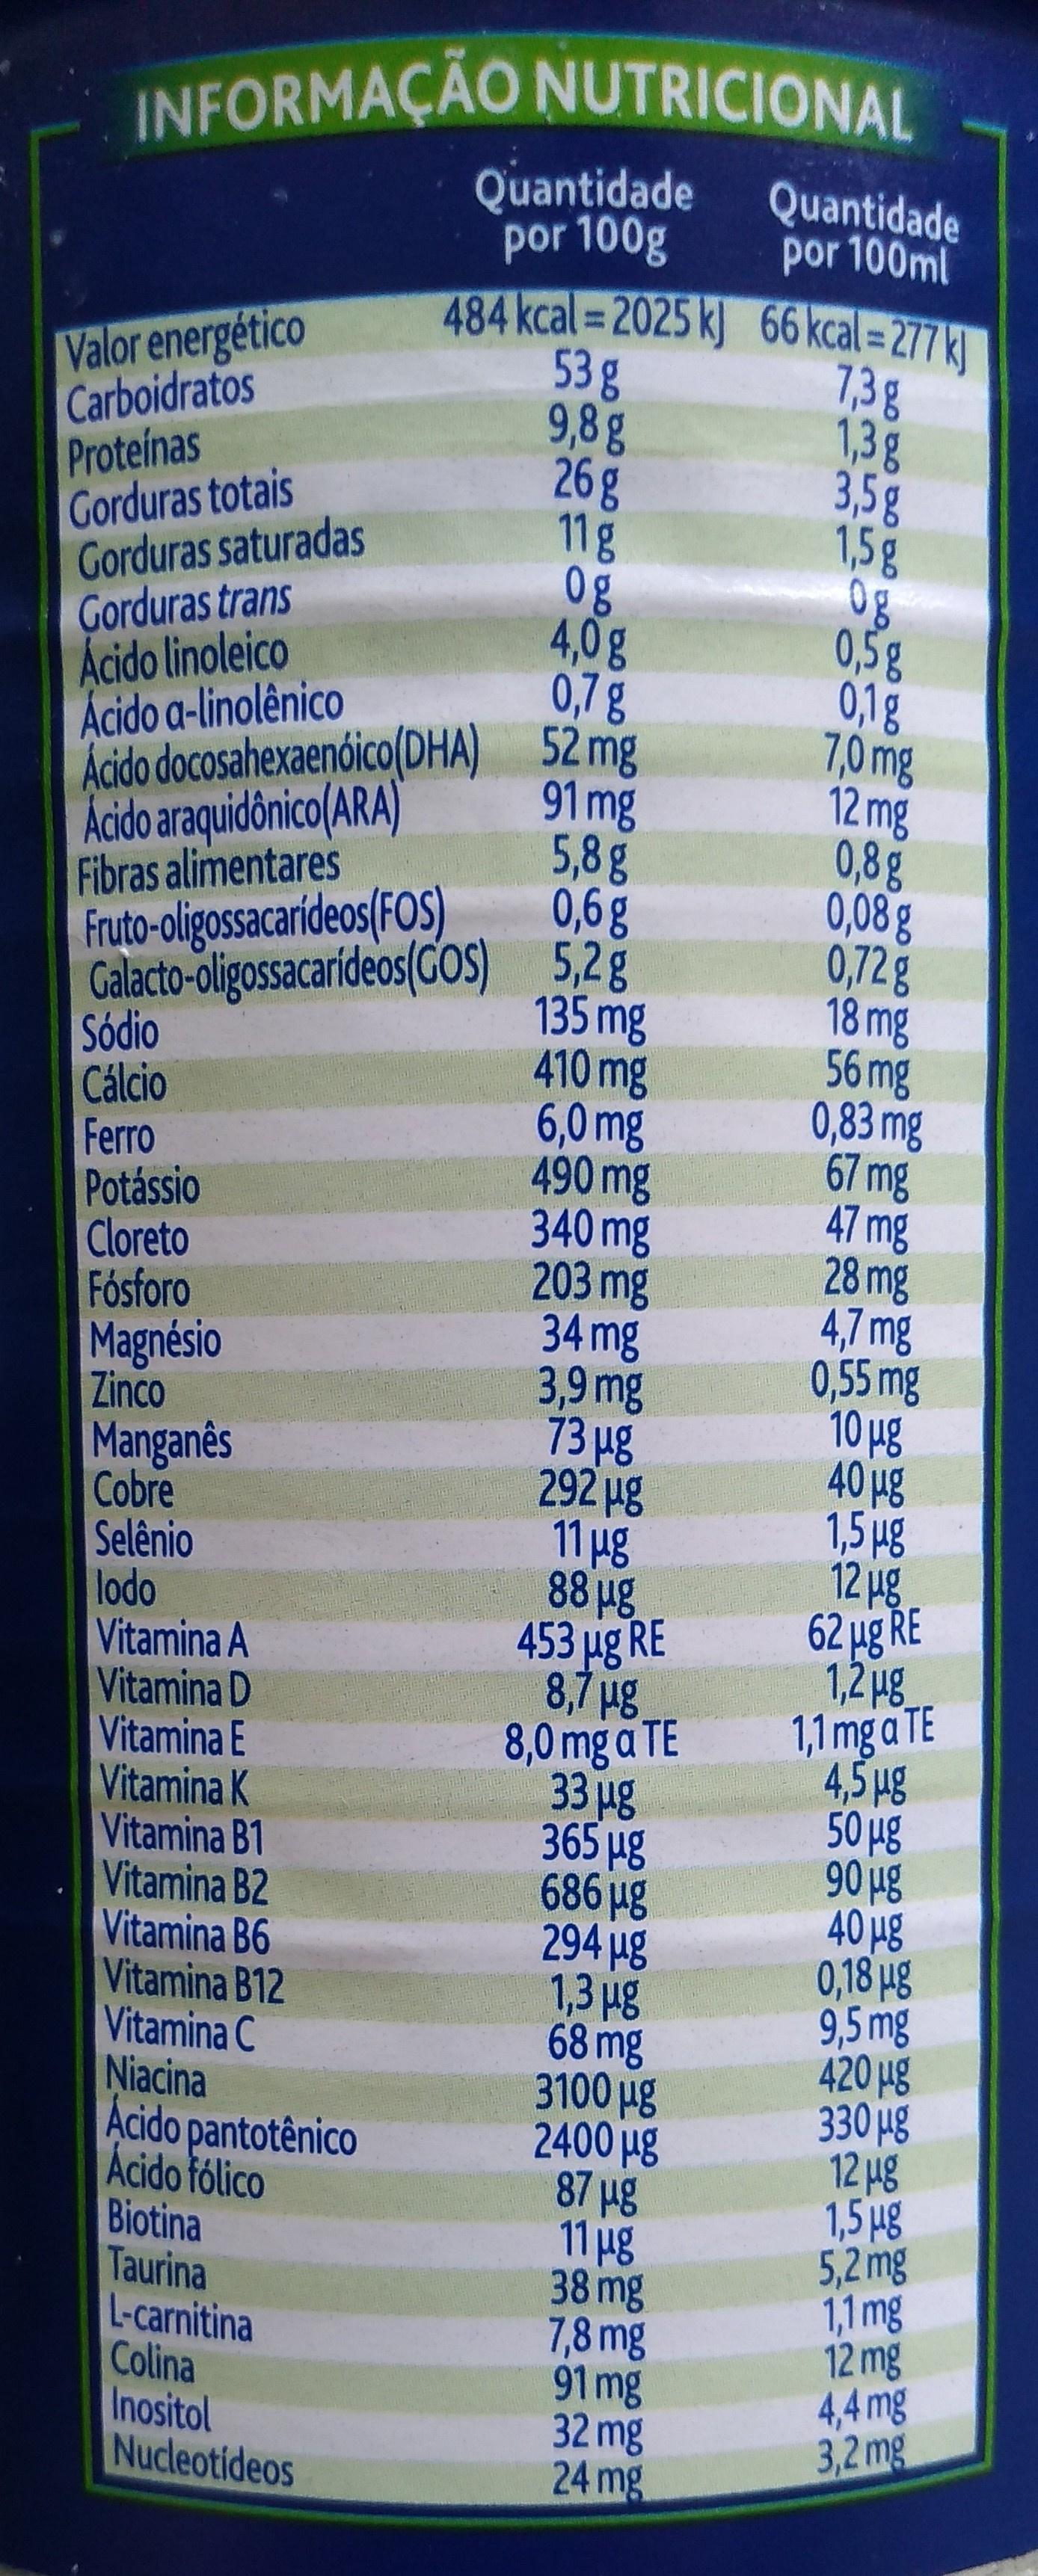
INFORMAÇAO NUTRICIONAL 22040 Quantidade por 100g Quantidade por 100ml 484 kcal = 2025 k] 66 kcal = 277 k] Valor energético Carboidratos Proteinas 53g 9,88 26g 11g Og 4,0g 0,7 g 7.3g 1,3g 3,5g 1,5 g 0g 0,5g 01g 7,0mg 12 mg 0,8g 0,08g 0,728 18 mg 56 mg 0,83 mg 67 mg 47 mg 28 mg 4,7mg 0,55 mg 10Hg 40 Hg 1,5ug Gorduras totais Gorduras saturadas Gorduras trans Acido linoleico Acido a-linolênico Adido docosahexaenóico(DHA) 52mg Acido araquidônico(ARA) Fibras alimentares Fruto-oligossacarideos/FOS) Galacto-oligossacarideos(GOS 5,2g Sodio Cálcio Ferro Potássio |Cloreto Fósforo Magnésio Zinco Manganès 91 mg 5,8g ,g 135 mg 410 mg 6,0 mg 490 mg 340mg 203 mg 34 mg 3,9 mg 73 Hg 292 Hg Cobre 11Hg 88 Hg 453 Hg RE 8,7Hg 8,0mg a TE 33 Hg 365 Hg 686H8 294 Hg Selênio lodo Vitamina A Vitamina D Vitamina E Vitamina K Vitamina B1 Vitamina B2 Vitamina B6 Vitamina B12 12 Hg 62 Hg RE 1,2Hg 1,1 mg a TE 4,5Hg 50HS 90Hg 40 Hg 0,18ug 1,3 Hg 68 mg 3100 Hg 2400 Hg 87 Hg 11Hg 38 mg 7,8 mg 91 mg 32 mg 24 mg 9,5mg 420 Hg 330Hg 12 Hg 1,5/g 5,2mg 1,1 mg 12 mg 4,4 mg 3,2mg Vitamina C Niacina Acido pantotènico Acido fólico Biotina Taurina L-carnitina Colina Inositol Nucleotideos